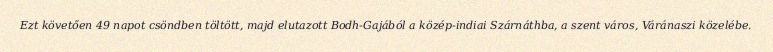
Ezt követően 49 napot csöndben töltött, majd elutazott Bodh-Gajából a közép-indiai Szárnáthba, a szent város, Váránaszi közelébe.